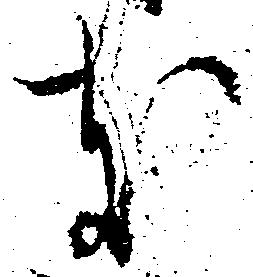
支